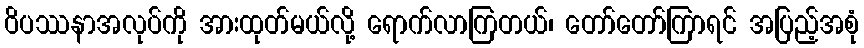
ဝိပဿနာအလုပ်ကို အားထုတ်မယ်လို့ ရောက်လာကြတယ်၊ တော်တော်ကြာရင် အပြည့်အစုံ